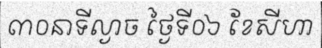
៣០នាទីល្ងាច ថ្ងៃទី០៦ ខែសីហា